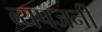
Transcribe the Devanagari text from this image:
व्यपजनी